Report of the Indian Hemp Drugs Commission, 1894-1895 - Volume V
Year: 1894
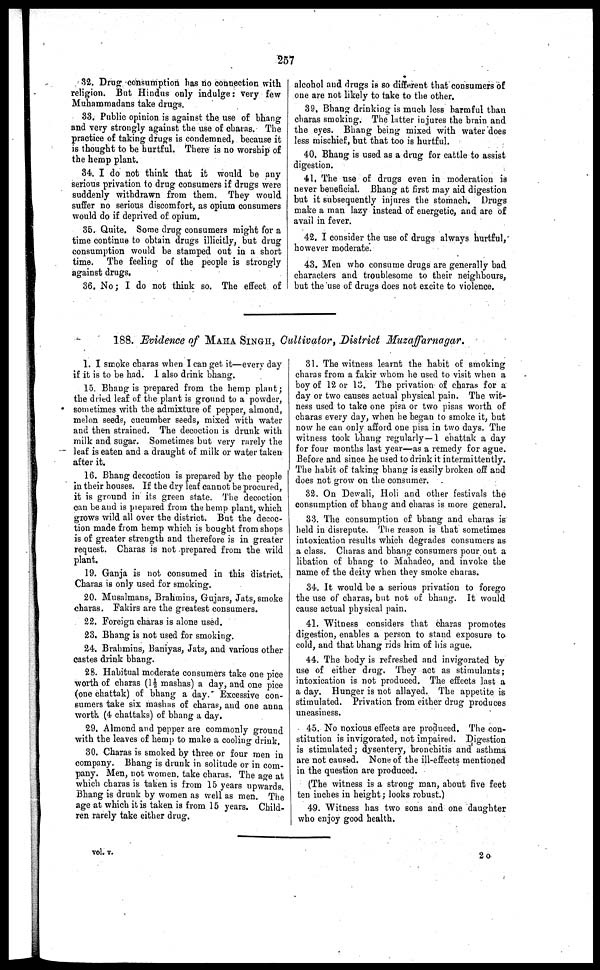
257
32. Drug consumption has no connection with
religion. But Hindus only indulge : very few
Muhammadans take drugs.
33. Public opinion is against the use of bhang
and very strongly against the use of charas. The
practice of taking drugs is condemned, because it
is thought to be hurtful. There is no worship of
the hemp plant.
34. I do not think that it would be any
serious privation to drug consumers if drugs were
suddenly withdrawn from them. They would
suffer no serious discomfort, as opium consumers
would do if deprived of opium.
35. Quite. Some drug consumers might for a
time continue to obtain drugs illicitly, but drug
consumption would be stamped out in a short
time. The feeling of the people is strongly
against drugs,
36. No ; I do not think so. The effect of
alcohol and drugs is so different that consumers of
one are not likely to take to the other.
39. Bhang drinking is much less harmful than
charas smoking. The latter injures the brain and
the eyes. Bhang being mixed with water does
less mischief, but that too is hurtful.
40. Bhang is used as a drug for cattle to assist
digestion.
41. The use of drugs even in moderation is
never beneficial. Bhang at first may aid digestion
but it subsequently injures the stomach. Drugs
make a man lazy instead of energetic, and are of
avail in fever.
42. I consider the use of drugs always hurtful,
however moderate.
43. Men who consume drugs are generally bad
characters and troublesome to their neighbours,
but the use of drugs does not excite to violence.
188. Evidence of MAHA SINGH, Cultivator, District
Muzaffarnagar.
1. I smoke charas when I can get it—every day
if it is to be had. 1 also drink bhang.
15. Bhang is prepared from the hemp plant ;
the dried leaf of the plant is ground to a powder,
sometimes with the admixture of pepper, almond,
melon seeds, cucumber seeds, mixed with water
and then strained. The decoction is drunk with
milk and sugar. Sometimes but very rarely the
leaf is eaten and a draught of milk or water taken
after it.
16. Bhang decoction is prepared by the people
in their houses. If the dry leaf cannot be procured,
it is ground in its green state. The decoction
can be and is prepared from the hemp plant, which
grows wild all over the district. But the decoc-
tion made from hemp which is bought from shops
is of greater strength and therefore is in greater
request. Charas is not prepared from the wild
plant.
19. Ganja is not consumed in this district.
Charas is only used for smoking.
20. Musalmans, Brahmins, Gujars, Jats, smoke
charas. Fakirs are the greatest consumers.
22. Foreign charas is alone used.
23. Bhang is not used for smoking.
24. Brahmins, Baniyas, Jats, and various other
castes drink bhang.
28. Habitual moderate consumers take one pice
worth of charas (1½ mashas) a day, and one pice
(one chattak) of bhang a day. Excessive con-
sumers take six mashas of charas, and one anna
worth (4 chattaks) of bhang a day.
29. Almond and pepper are commonly ground
with the leaves of hemp to make a cooling drink.
30. Charas is smoked by three or four men in
company. Bhang is drunk in solitude or in com-
pany. Men, not women. take charas. The age at
which charas is taken is from 15 years upwards.
Bhang is drunk by women as well as men. The
age at which it is taken is from 15 years. Child-
ren rarely take either drug.
31. The witness learnt the habit of smoking
charas from a fakir whom he used to visit when a
boy of 12 or 13. The privation of charas for a
day or two causes actual physical pain. The wit-
ness used to take one pisa or two pisas worth of
charas every day, when he began to smoke it, but
now he can only afford one pisa in two days. The
witness took bhang regularly—1 chattak a day
for four months last year—as a remedy for ague.
Before and since he used to drink it intermittently.
The habit of taking bhang is easily broken off and
does not grow on the consumer.
32. On Dewali, Holi and other festivals the
consumption of bhang and charas is more general.
33. The consumption of bhang and charas is
held in disrepute. The reason is that sometimes
intoxication results which degrades consumers as
a class. Charas and bhang consumers pour out a
libation of bhang to Mahadeo, and invoke the
name of the deity when they smoke charas.
34. It would be a serious privation to forego
the use of charas, but not of bhang. It would
cause actual physical pain.
41. Witness considers that charas promotes
digestion, enables a person to stand exposure to
cold, and that bhang rids him of his ague.
44. The body is refreshed and invigorated by
use of either drug. They act as stimulants ;
intoxication is not produced. The effects last a
a day. Hunger is not allayed. The appetite is
stimulated. Privation from either drug produces
uneasiness.
45. No noxious effects are produced. The con-
stitution is invigorated, not impaired. Digestion
is stimulated; dysentery, bronchitis and asthma
are not caused. None of the ill-effects mentioned
in the question are produced.
(The witness is a strong man, about five feet
ten inches in height; looks robust.)
49. Witness has two sons and one daughter
who enjoy good health.
vol. v.
2 o